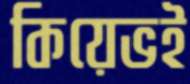
কিয়েভই